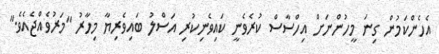
އެހެންކަމުން ގިނަ މީހުންނަށް އިހްސާސް ކުރެވެނީ ކައިވެނިކުރި އަސްލު ބައިވެރިޔާ މިހާރު "މަރުވެއްޖެއެވެ."